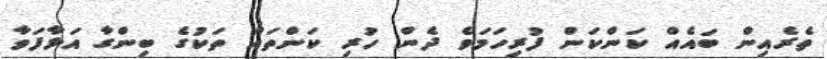
ތެރެއިން ބައެއް ކަންކަން ފުރިހަމަވެ ދެން ހުރި ކަންތައް ތަކުގެ ބިންގާ އަޅާފަވާ